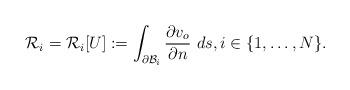
LaTeX: \begin{align*}\mathcal{R}_i=\mathcal{R}_i[U]:=\int_{\partial\mathcal{B}_i}\frac{\partial v_o}{\partial n}~ds, i\in \{1,\ldots,N\}.\end{align*}